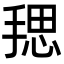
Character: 𪮏